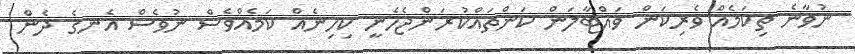
ނުވާނެ ތިކަމެއް ވެރިކަން ވައްޓާލަން ކަންތައްކުރަންޖެހެނީ ކިހިނެއް ކަމެއްވެސް ނުވެސް އެނގެ ދެން